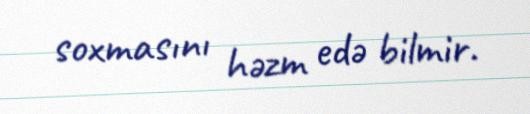
soxmasını həzm edə bilmir.